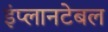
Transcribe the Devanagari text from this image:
इंप्लानटेबल